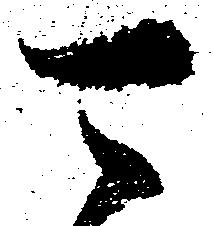
可